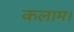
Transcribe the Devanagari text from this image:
कलाम।